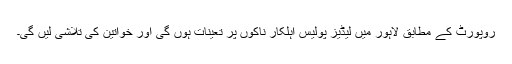
روپورٹ کے مطابق لاہور میں لیڈیز پولیس اہلکار ناکوں پر تعینات ہوں گی اور خواتین کی تلاشی لیں گی۔